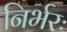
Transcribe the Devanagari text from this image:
निर्भरः